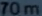
70m